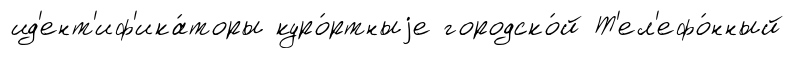
ид'ент'иф'ика́торы куро́ртныjе городско́й Т'ел'ефо́нный